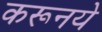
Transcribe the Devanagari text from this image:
करूनये